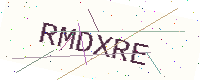
Text: RMDXRE